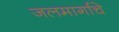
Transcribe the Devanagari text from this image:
जलमार्गाचे